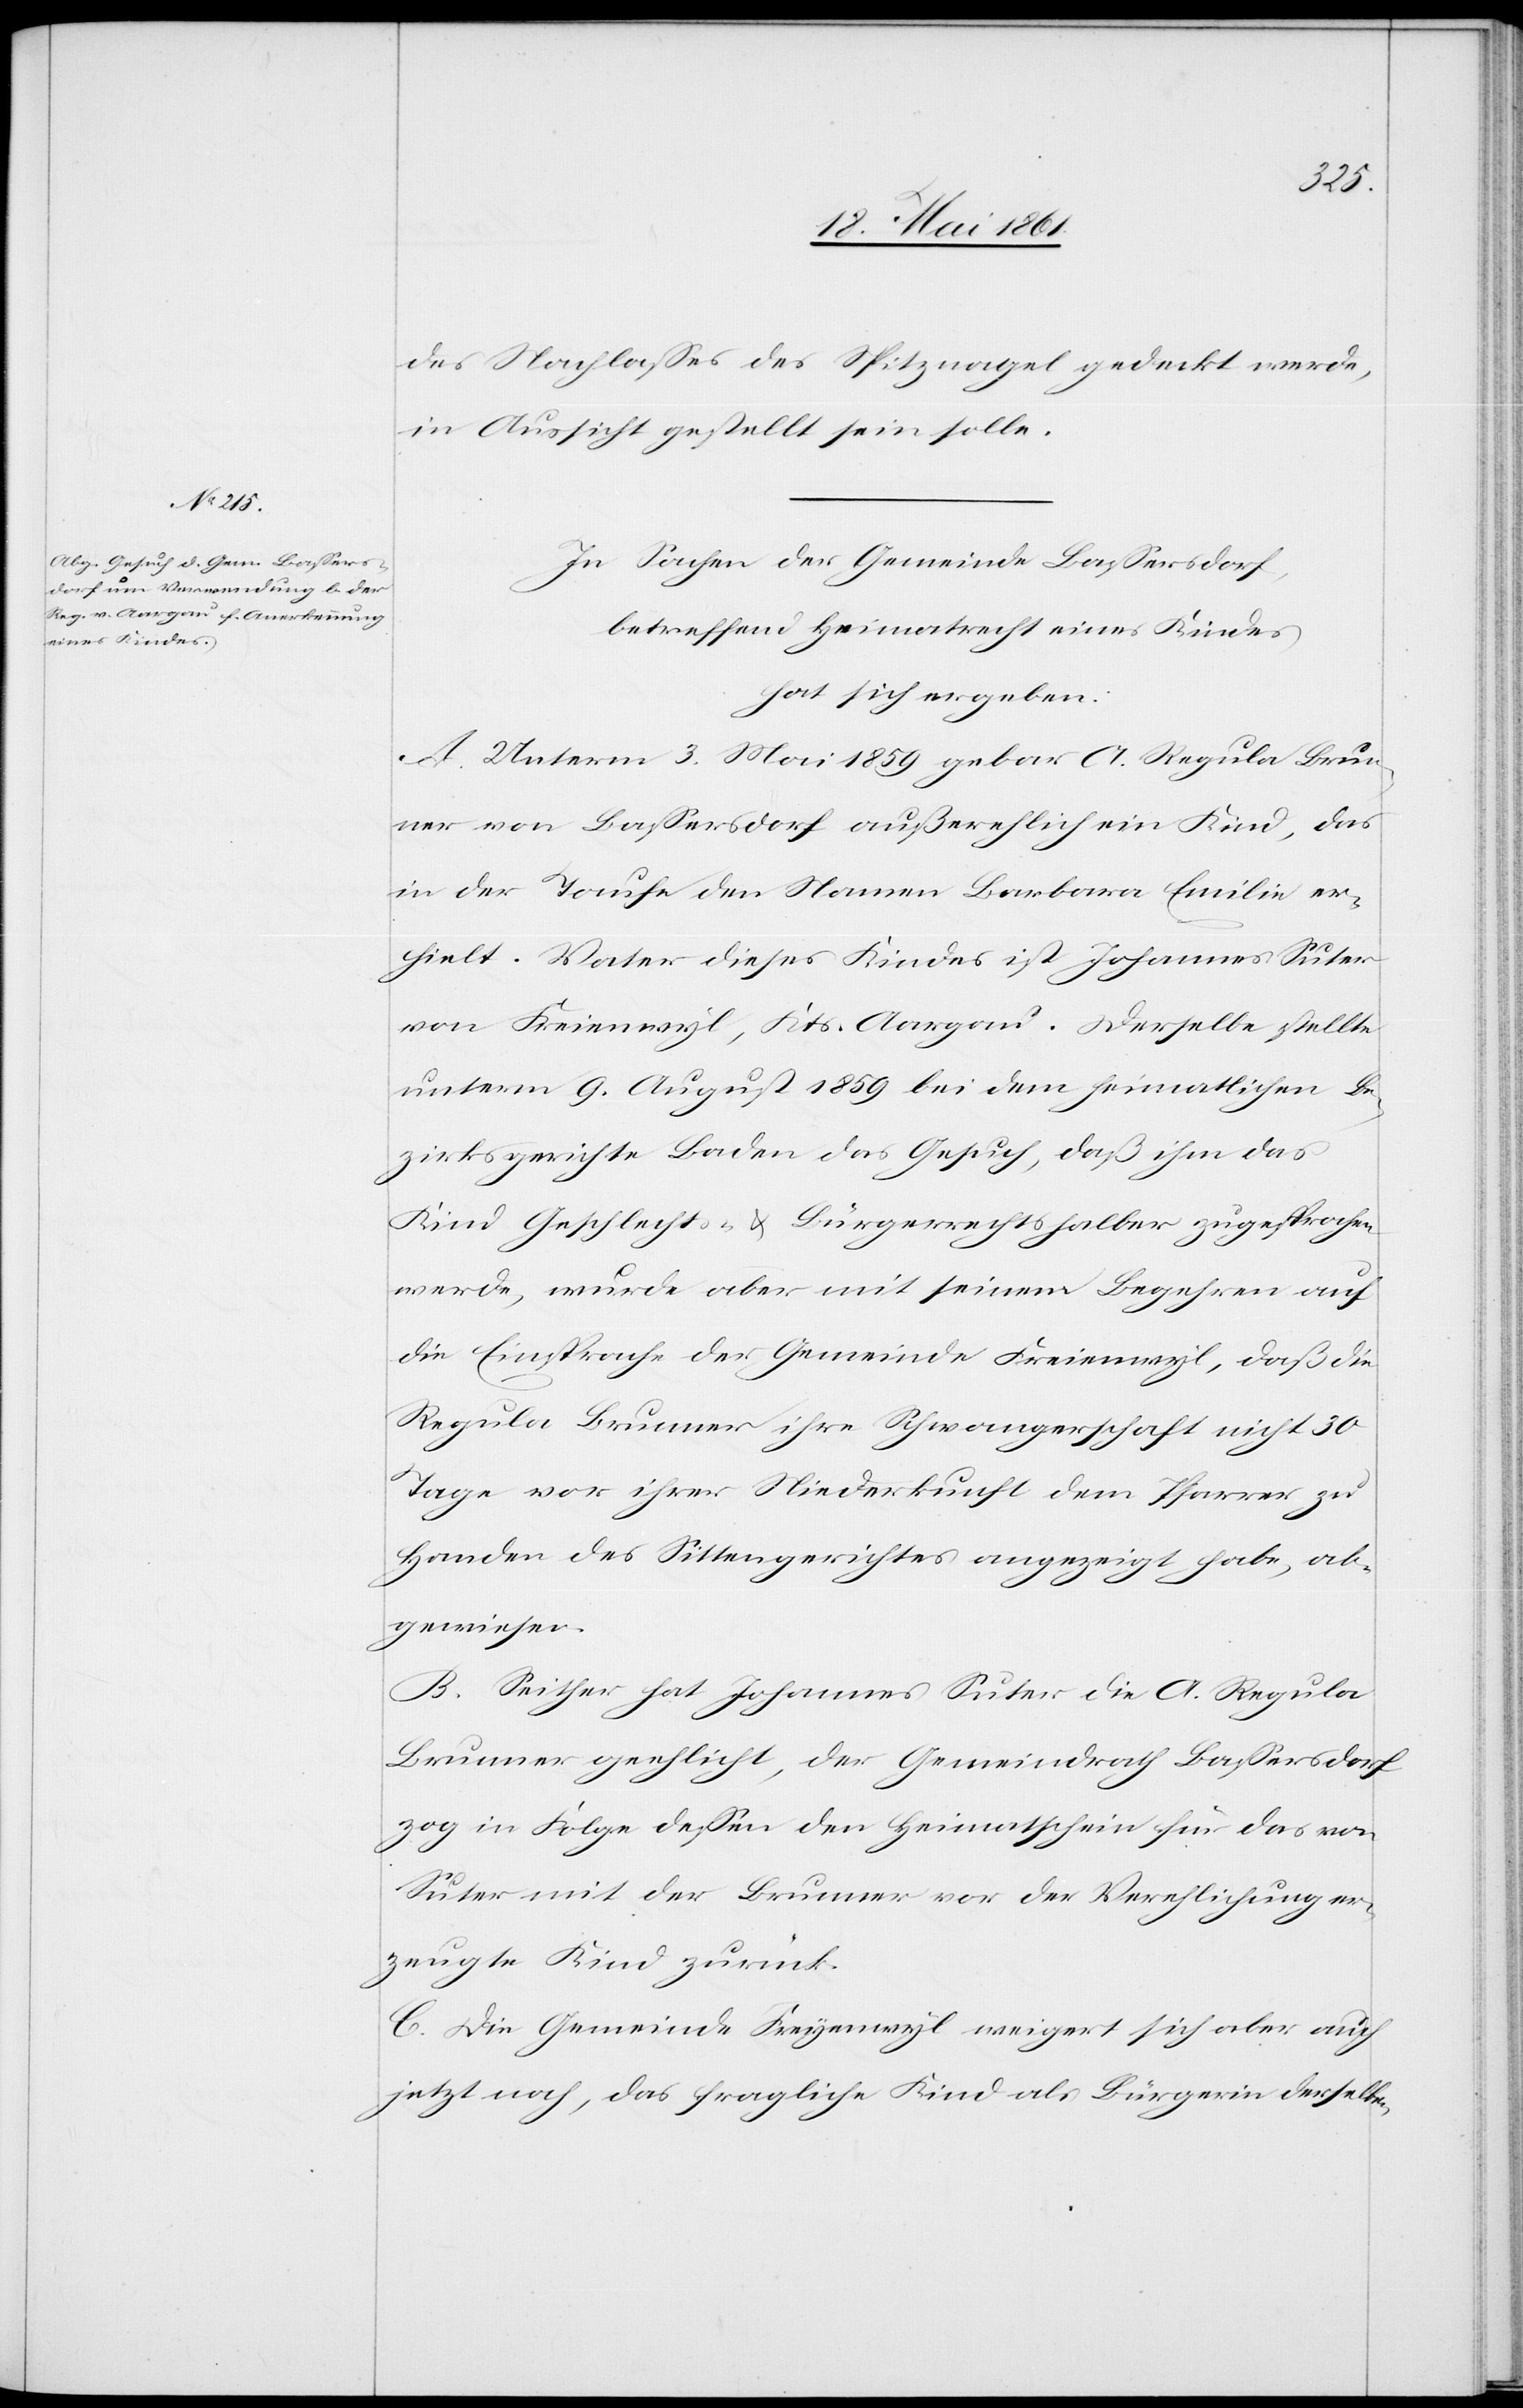
des Nachlasses des Spitznagels gedeckt werde,
in Aussicht gestellt sein solle.
In Sachen der Gemeinde Bassersdorf,
betreffend Heimatrecht eines Kindes
hat sich ergeben:
A. Unterm 3. Mai 1859 gebar A. Regula Brun¬
ner von Bassersdorf außerehlich ein Kind, das
in der Taufe den Namen Barbara Emilie er¬
hielt. Vater dieses Kindes ist Johannes Suter
von Freienwyl, Kts. Aargau. Derselbe stellte
unterm 9. August 1859 bei dem heimatlichen Be¬
zirksgerichte Baden das Gesuch, daß ihm das
Kind Geschlechts- u. Bürgerrechtshalber zugesprochen
werde, wurde aber mit seinem Begehren auf
die Einsprache der Gemeinde Freienwyl, daß die
Regula Brunner ihre Schwangerschaft nicht 30
Tage vor ihrer Niederkunft dem Pfarrer zu
Handen des Sittengerichtes angezeigt habe, ab¬
gewiesen.
B. Seither hat Johannes Suter die A. Regula
Brunner geehlicht, der Gemeindrath Bassersdorf
zog in Folge dessen den Heimatschein für das von
Suter mit der Brunner vor Verehlichung er¬
zeugte Kind zurück.
C. Die Gemeinde Freyenwyl weigert sich aber auch
jetzt noch, das fragliche Kind als Bürgerin derselben